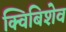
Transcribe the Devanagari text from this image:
क्विबिशेव